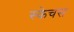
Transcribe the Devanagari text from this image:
स्केचस